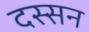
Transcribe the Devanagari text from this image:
दस्सन